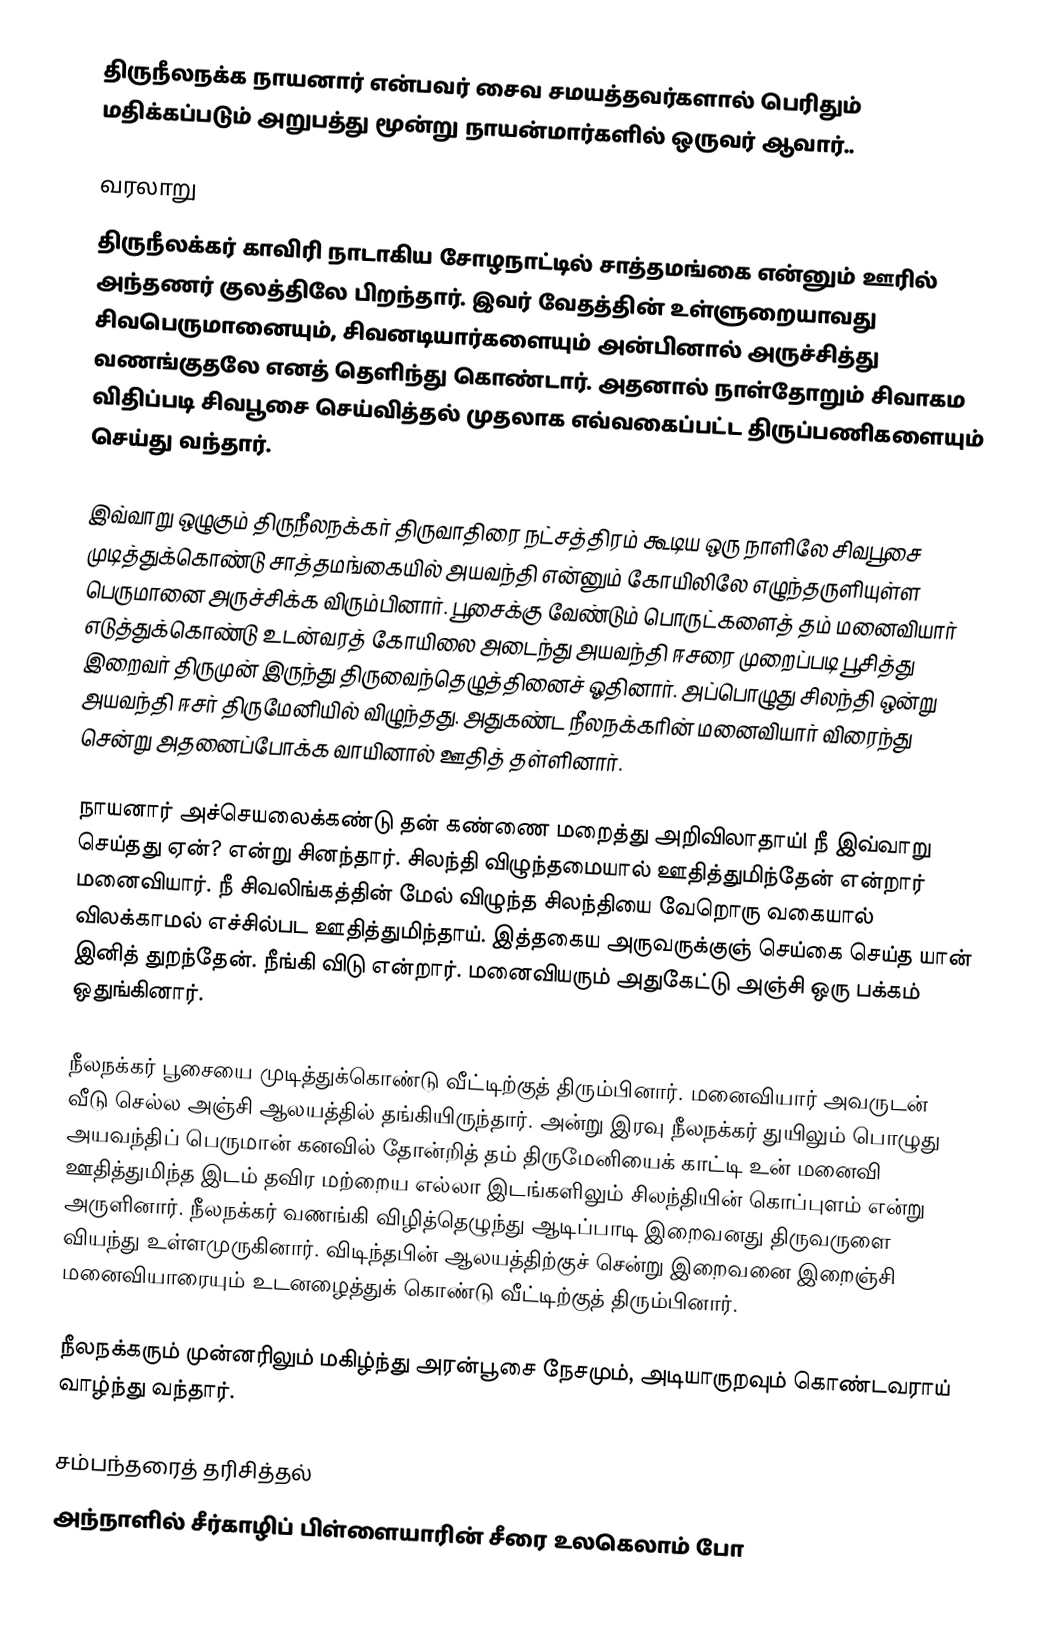
திருநீலநக்க நாயனார் என்பவர் சைவ சமயத்தவர்களால் பெரிதும் மதிக்கப்படும் அறுபத்து மூன்று நாயன்மார்களில் ஒருவர் ஆவார்..

வரலாறு
திருநீலக்கர் காவிரி நாடாகிய சோழநாட்டில் சாத்தமங்கை என்னும் ஊரில் அந்தணர் குலத்திலே பிறந்தார். இவர் வேதத்தின் உள்ளுறையாவது சிவபெருமானையும், சிவனடியார்களையும் அன்பினால் அருச்சித்து வணங்குதலே எனத் தெளிந்து கொண்டார். அதனால் நாள்தோறும் சிவாகம விதிப்படி சிவபூசை செய்வித்தல் முதலாக எவ்வகைப்பட்ட திருப்பணிகளையும் செய்து வந்தார்.

இவ்வாறு ஒழுகும் திருநீலநக்கர் திருவாதிரை நட்சத்திரம் கூடிய ஒரு நாளிலே சிவபூசை முடித்துக்கொண்டு சாத்தமங்கையில் அயவந்தி என்னும் கோயிலிலே எழுந்தருளியுள்ள பெருமானை அருச்சிக்க விரும்பினார். பூசைக்கு வேண்டும் பொருட்களைத் தம் மனைவியார் எடுத்துக்கொண்டு உடன்வரத் கோயிலை அடைந்து அயவந்தி ஈசரை முறைப்படி பூசித்து இறைவர் திருமுன் இருந்து திருவைந்தெழுத்தினைச் ஓதினார். அப்பொழுது சிலந்தி ஒன்று அயவந்தி ஈசர் திருமேனியில் விழுந்தது. அதுகண்ட நீலநக்கரின் மனைவியார் விரைந்து சென்று அதனைப்போக்க வாயினால் ஊதித் தள்ளினார்.

நாயனார் அச்செயலைக்கண்டு தன் கண்ணை மறைத்து அறிவிலாதாய்! நீ இவ்வாறு செய்தது ஏன்? என்று சினந்தார். சிலந்தி விழுந்தமையால் ஊதித்துமிந்தேன் என்றார் மனைவியார். நீ சிவலிங்கத்தின் மேல் விழுந்த சிலந்தியை வேறொரு வகையால் விலக்காமல் எச்சில்பட ஊதித்துமிந்தாய். இத்தகைய அருவருக்குஞ் செய்கை செய்த யான் இனித் துறந்தேன். நீங்கி விடு என்றார். மனைவியரும் அதுகேட்டு அஞ்சி ஒரு பக்கம் ஒதுங்கினார்.

நீலநக்கர் பூசையை முடித்துக்கொண்டு வீட்டிற்குத் திரும்பினார். மனைவியார் அவருடன் வீடு செல்ல அஞ்சி ஆலயத்தில் தங்கியிருந்தார். அன்று இரவு நீலநக்கர் துயிலும் பொழுது அயவந்திப் பெருமான் கனவில் தோன்றித் தம் திருமேனியைக் காட்டி உன் மனைவி ஊதித்துமிந்த இடம் தவிர மற்றைய எல்லா இடங்களிலும் சிலந்தியின் கொப்புளம் என்று அருளினார். நீலநக்கர் வணங்கி விழித்தெழுந்து ஆடிப்பாடி இறைவனது திருவருளை வியந்து உள்ளமுருகினார். விடிந்தபின் ஆலயத்திற்குச் சென்று இறைவனை இறைஞ்சி மனைவியாரையும் உடனழைத்துக் கொண்டு வீட்டிற்குத் திரும்பினார்.

நீலநக்கரும் முன்னரிலும் மகிழ்ந்து அரன்பூசை நேசமும், அடியாருறவும் கொண்டவராய் வாழ்ந்து வந்தார்.

சம்பந்தரைத் தரிசித்தல்
அந்நாளில் சீர்காழிப் பிள்ளையாரின் சீரை உலகெலாம் போ